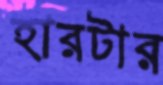
হারটার